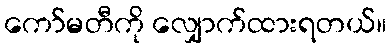
ကော်မတီကို လျှောက်ထားရတယ်။